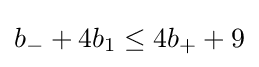
b_{-}+4b_{1}\leq 4b_{+}+9